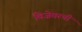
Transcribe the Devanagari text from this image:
विजेवरची